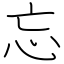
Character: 忘